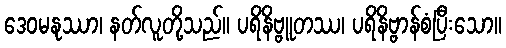
ဒေဝမနုဿာ၊ နတ်လူတို့သည်။ ပရိနိဗ္ဗူတဿ၊ ပရိနိဗ္ဗာန်စံပြီးသော။